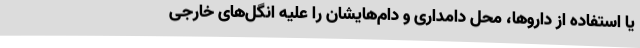
یا استفاده از داروها، محل دامداری و دام‌هایشان را علیه انگل‌های خارجی